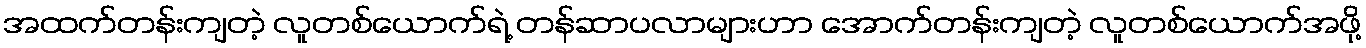
အထက်တန်းကျတဲ့ လူတစ်ယောက်ရဲ့ တန်ဆာပလာများဟာ အောက်တန်းကျတဲ့ လူတစ်ယောက်အဖို့